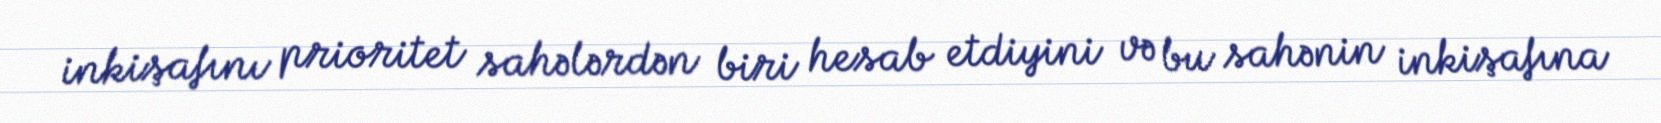
inkişafını prioritet sahələrdən biri hesab etdiyini və bu sahənin inkişafına